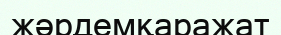
жәрдемқаражат